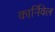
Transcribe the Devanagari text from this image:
कार्निवेल